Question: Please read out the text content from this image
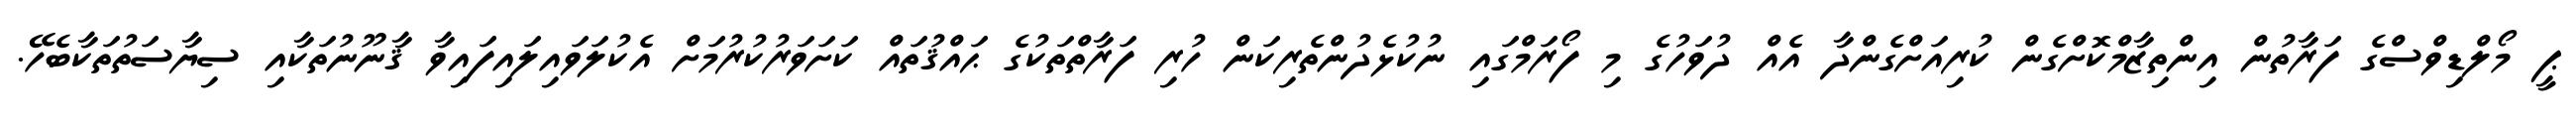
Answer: ޕީ މޯލްޑިވްސްގެ ފަރާތުން އިންތިޒާމްކޮށްގެން ކުރިއަށްގެންދާ އެއް ދުވަހުގެ މި ފޯރަމްގައި ނުކުޅެދުންތެރިކަން ހުރި ފަރާތްތަކުގެ ޙައްޤުތައް ކަށަވަރުކުރުމަށް އެކުލަވައިލައިފައިވާ ޤާނޫނުތަކާއި ސިޔާސަތުތަކާބެހޭ.